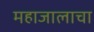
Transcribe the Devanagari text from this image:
महाजालाचा